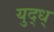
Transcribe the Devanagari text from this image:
युद्ध्